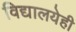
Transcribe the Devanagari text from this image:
विद्यालयेही